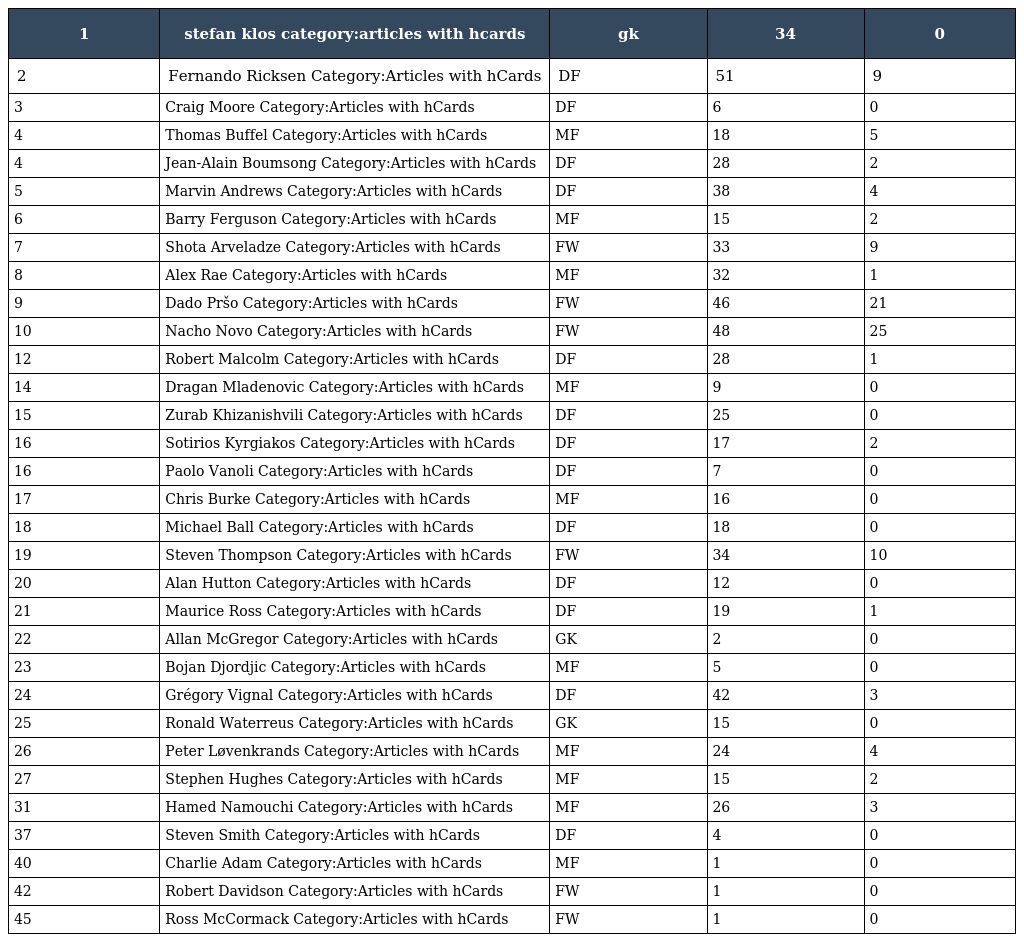
| 1 | stefan klos category:articles with hcards | gk | 34 | 0 |
 | --- | --- | --- | --- | --- |
 | 2 | Fernando Ricksen Category:Articles with hCards | DF | 51 | 9 |
 | 3 | Craig Moore Category:Articles with hCards | DF | 6 | 0 |
 | 4 | Thomas Buffel Category:Articles with hCards | MF | 18 | 5 |
 | 4 | Jean-Alain Boumsong Category:Articles with hCards | DF | 28 | 2 |
 | 5 | Marvin Andrews Category:Articles with hCards | DF | 38 | 4 |
 | 6 | Barry Ferguson Category:Articles with hCards | MF | 15 | 2 |
 | 7 | Shota Arveladze Category:Articles with hCards | FW | 33 | 9 |
 | 8 | Alex Rae Category:Articles with hCards | MF | 32 | 1 |
 | 9 | Dado Pršo Category:Articles with hCards | FW | 46 | 21 |
 | 10 | Nacho Novo Category:Articles with hCards | FW | 48 | 25 |
 | 12 | Robert Malcolm Category:Articles with hCards | DF | 28 | 1 |
 | 14 | Dragan Mladenovic Category:Articles with hCards | MF | 9 | 0 |
 | 15 | Zurab Khizanishvili Category:Articles with hCards | DF | 25 | 0 |
 | 16 | Sotirios Kyrgiakos Category:Articles with hCards | DF | 17 | 2 |
 | 16 | Paolo Vanoli Category:Articles with hCards | DF | 7 | 0 |
 | 17 | Chris Burke Category:Articles with hCards | MF | 16 | 0 |
 | 18 | Michael Ball Category:Articles with hCards | DF | 18 | 0 |
 | 19 | Steven Thompson Category:Articles with hCards | FW | 34 | 10 |
 | 20 | Alan Hutton Category:Articles with hCards | DF | 12 | 0 |
 | 21 | Maurice Ross Category:Articles with hCards | DF | 19 | 1 |
 | 22 | Allan McGregor Category:Articles with hCards | GK | 2 | 0 |
 | 23 | Bojan Djordjic Category:Articles with hCards | MF | 5 | 0 |
 | 24 | Grégory Vignal Category:Articles with hCards | DF | 42 | 3 |
 | 25 | Ronald Waterreus Category:Articles with hCards | GK | 15 | 0 |
 | 26 | Peter Løvenkrands Category:Articles with hCards | MF | 24 | 4 |
 | 27 | Stephen Hughes Category:Articles with hCards | MF | 15 | 2 |
 | 31 | Hamed Namouchi Category:Articles with hCards | MF | 26 | 3 |
 | 37 | Steven Smith Category:Articles with hCards | DF | 4 | 0 |
 | 40 | Charlie Adam Category:Articles with hCards | MF | 1 | 0 |
 | 42 | Robert Davidson Category:Articles with hCards | FW | 1 | 0 |
 | 45 | Ross McCormack Category:Articles with hCards | FW | 1 | 0 |